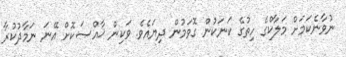
ނުވާނެކަމަށް މަލާކްގެ ހިތުގެ ކަނަކުން ގޮވަމުން ދިޔައެވެ. ވަކިން ޚާއްޞަކޮށް އޭނަ ނަމާދުކުރާ